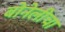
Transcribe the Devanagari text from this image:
बोनेलीचा